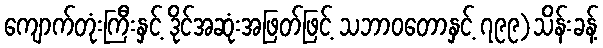
ကျောက်တုံးကြီးနှင့် ဒိုင်အဆုံးအဖြတ်ဖြင့် သဘာဝတောနှင့် ၇၉၉)သိန်းခန့်